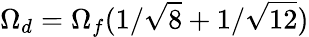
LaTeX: \Omega_{d}=\Omega_{f}(1/\sqrt{8}+1/\sqrt{12})